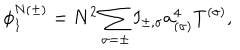
LaTeX: \phi _ { 1 } ^ { N ( \pm ) } = N ^ { 2 } \sum _ { \sigma = \pm } I _ { \pm , \sigma } a _ { ( \sigma ) } ^ { 4 } T ^ { ( \sigma ) } ,